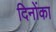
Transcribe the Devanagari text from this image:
दिनोंका